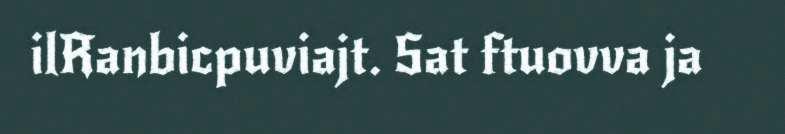
ilRanbicpuviajt. Sat ftuovva ja